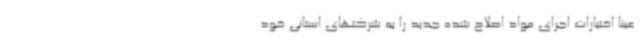
عیناً اختیارات اجرای مواد اصلاح شده جدید را به شرکتهای استانی خود